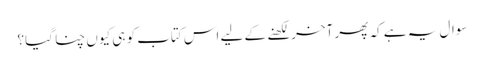
سوال یہ ہے کہ پھر آخر لکھنے کے لیے اس کتاب کو ہی کیوں چنا گیا؟